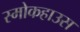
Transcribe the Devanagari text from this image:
स्मोकहाउस